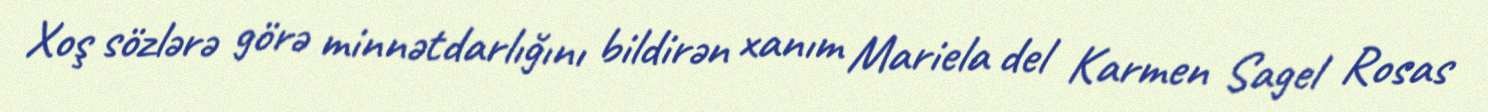
Xoş sözlərə görə minnətdarlığını bildirən xanım Mariela del Karmen Sagel Rosas